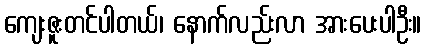
ကျေးဇူးတင်ပါတယ်၊ နောက်လည်းလာ အားပေးပါဦး။